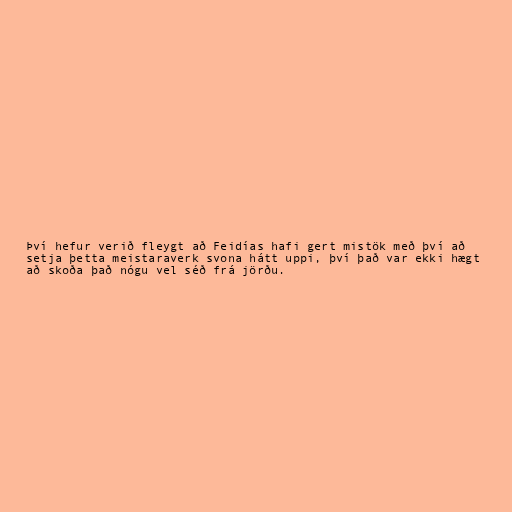
Því hefur verið fleygt að Feidías hafi gert mistök með því að
setja þetta meistaraverk svona hátt uppi, því það var ekki hægt
að skoða það nógu vel séð frá jörðu.